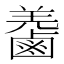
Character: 𪉬